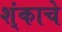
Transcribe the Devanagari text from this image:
श्ंकाचे